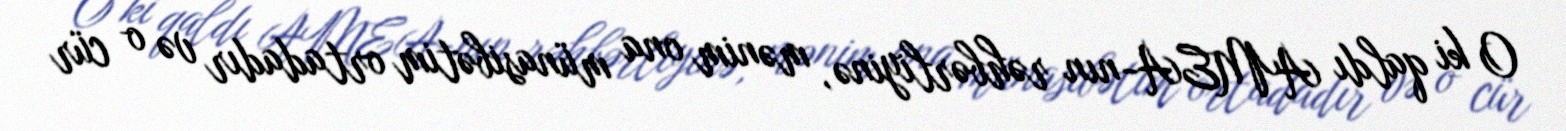
O ki qaldı AMEA-nın rəhbərliyinə, mənim ona münasibətim ortadadır və o cür